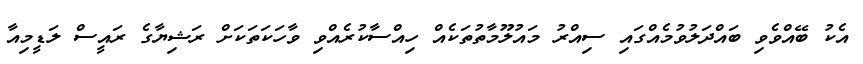
އެކު ބޭއްވެވި ބައްދަލުވުމެއްގައި ސިއްރު މައުލޫމާތުތަކެއް ހިއްސާކުރެއްވި ވާހަކަތަކަށް ރަޝިޔާގެ ރައީސް ލަޑީމިއާ